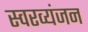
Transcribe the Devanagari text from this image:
स्वरव्यंजन